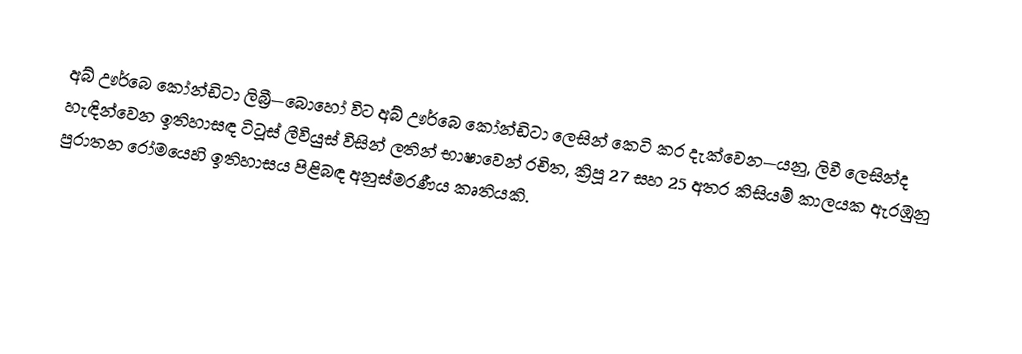
අබ් ඌර්බෙ කෝන්ඩිටා ලිබ්‍රී—බොහෝ විට  අබ් ඌර්බෙ කෝන්ඩිටා ලෙසින් කෙටි කර දැක්වෙන—යනු,  ලිවී ලෙසින්ද හැඳින්වෙන ඉතිහාසඳ ටිටූස් ලීවියුස් විසින් ලතින් භාෂාවෙන් රචිත, ක්‍රිපූ 27 සහ 25 අතර කිසියම් කාලයක ඇරඹුනු පුරාතන රෝමයෙහි ඉතිහාසය පිළිබඳ අනුස්මරණීය කෘතියකි.